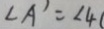
\angle A ^ { \prime } = \angle 4 (